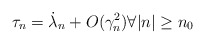
\begin{align*}\tau_n= \dot \lambda_n+ O(\gamma_n^2)\forall |n|\geq n_0\end{align*}